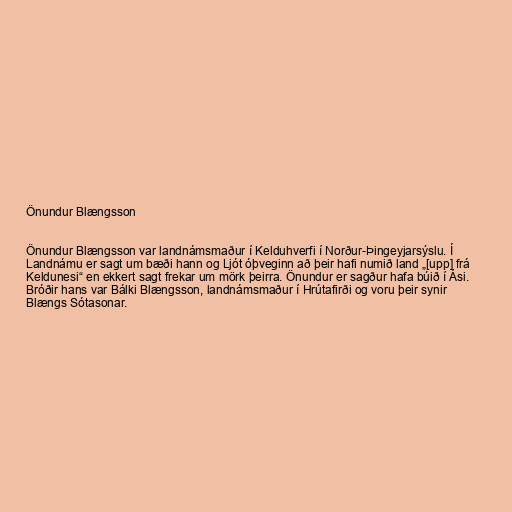
Önundur Blængsson

Önundur Blængsson var landnámsmaður í Kelduhverfi í Norður-Þingeyjarsýslu. Í
Landnámu er sagt um bæði hann og Ljót óþveginn að þeir hafi numið land „[upp] frá
Keldunesi“ en ekkert sagt frekar um mörk þeirra. Önundur er sagður hafa búið í Ási.
Bróðir hans var Bálki Blængsson, landnámsmaður í Hrútafirði og voru þeir synir
Blængs Sótasonar.